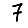
Digit: 7